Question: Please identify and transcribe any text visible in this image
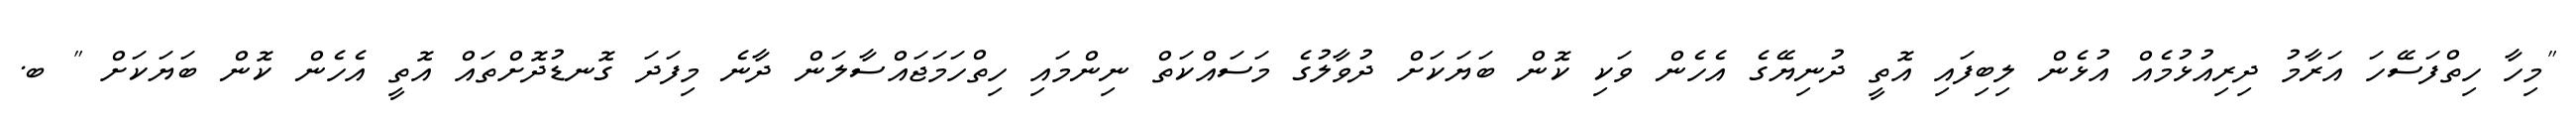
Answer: "މިހާ ހިތްފަސޭހަ އަރާމު ދިރިއުޅުމެއް އުޅެން ލިބިފައި އޮތީ ދުނިޔޭގެ އެހެން ވަކި ކޮން ބަޔަކަށް ދުވާލުގެ މަސައްކަތް ނިންމައި ހިތްހަމަޖައްސާލަން ދާނެ މިފަދަ ގޮނޑުދޮށްތައް އޮތީ އެހެން ކޮން ބަޔަކަށް " ބ.